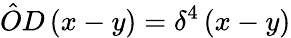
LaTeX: {\hat{O}}D\left(x-y\right)=\delta^{4}\left(x-y\right)